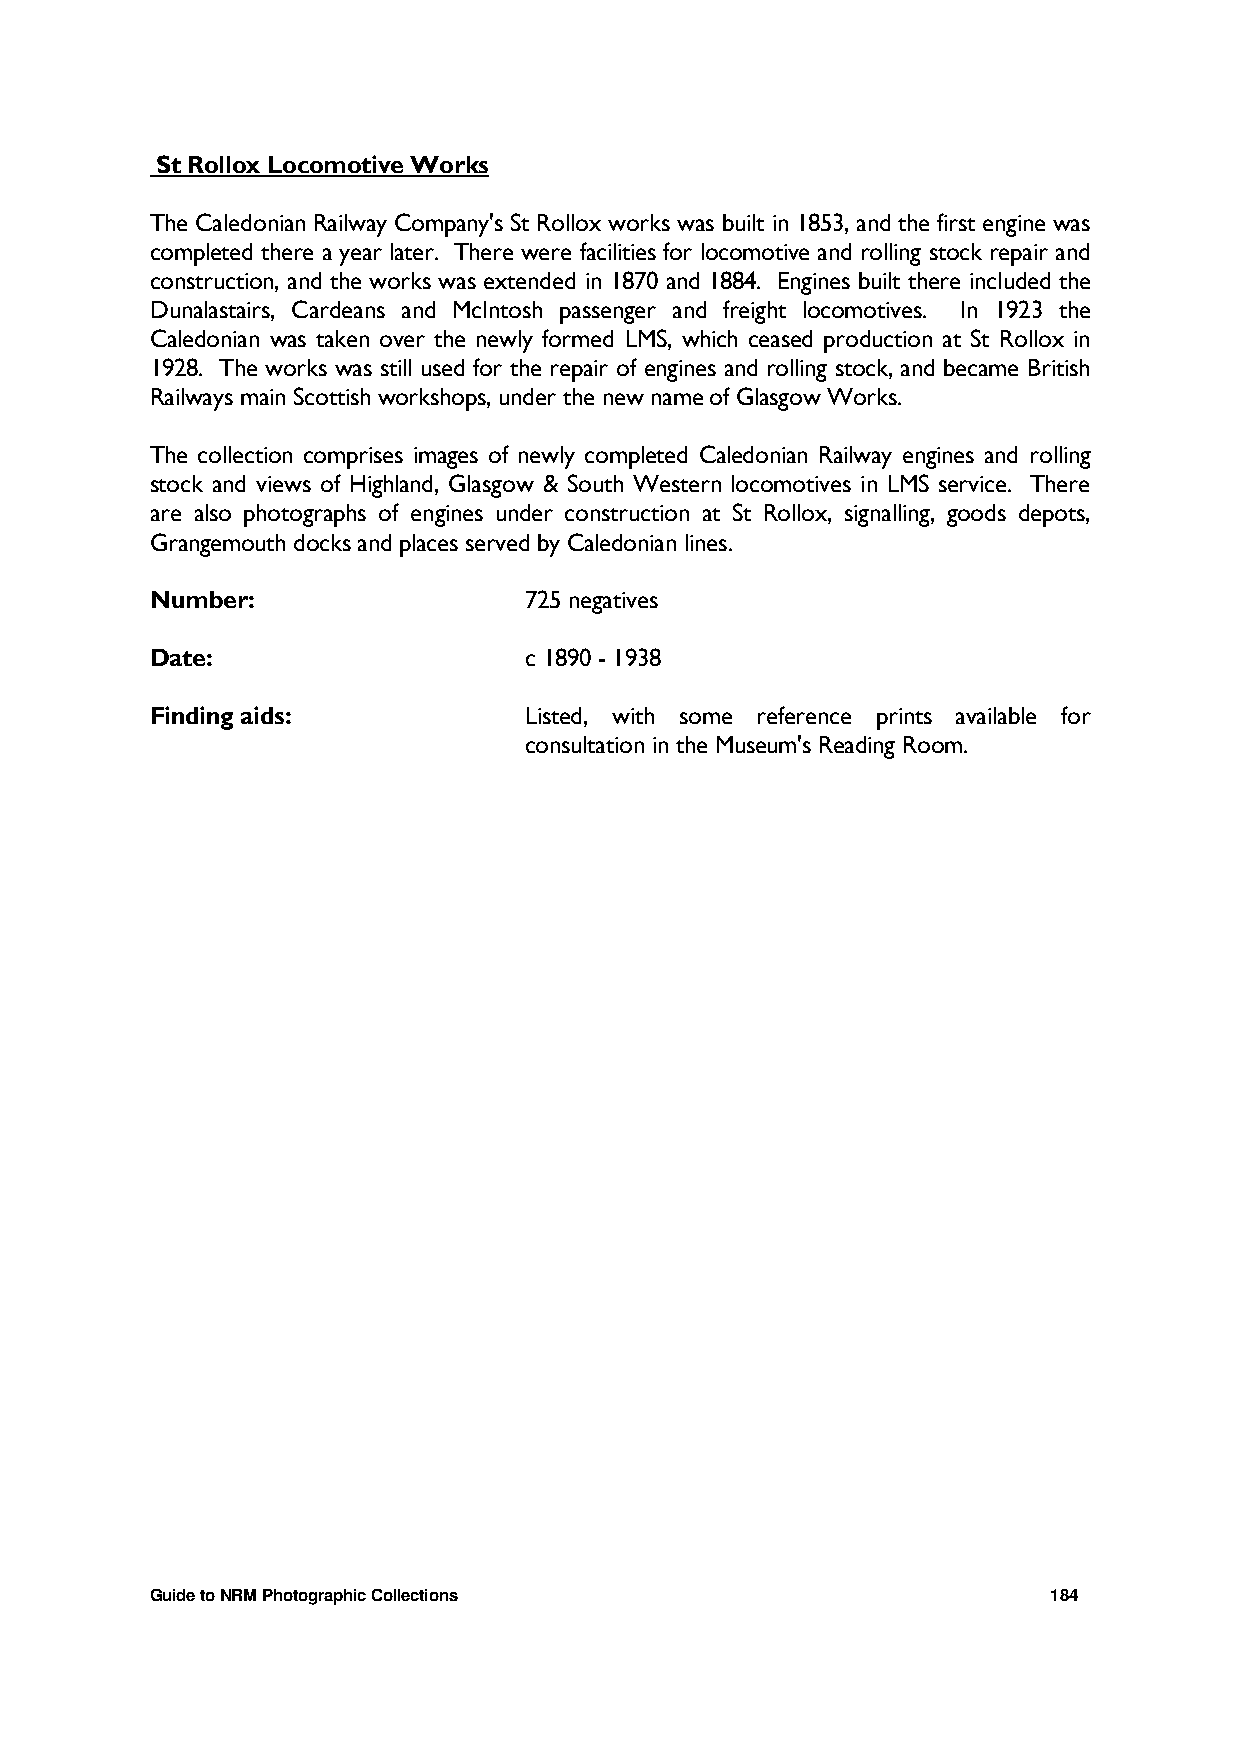
St Rollox Locomotive Works
 The Caledonian Railway Company's St Rollox works was built in 1853, and the first engine was
 completed there a year later. There were facilities for locomotive and rolling stock repair and
 construction, and the works was extended in 1870 and 1884. Engines built there included the
 Dunalastairs, Cardeans and McIntosh passenger and freight locomotives. In 1923 the
 Caledonian was taken over the newly formed LMS, which ceased production at St Rollox in
 1928. The works was still used for the repair of engines and rolling stock, and became British
 Railways main Scottish workshops, under the new name of Glasgow Works.
 The collection comprises images of newly completed Caledonian Railway engines and rolling
 stock and views of Highland, Glasgow & South Western locomotives in LMS service. There
 are also photographs of engines under construction at St Rollox, signalling, goods depots,
 Grangemouth docks and places served by Caledonian lines.
 Number:                  725 negatives
 Date:                    c 1890 - 1938
 Finding aids:            Listed, with some reference prints available for
 consultation in the Museum's Reading Room.
 Guide to NRM Photographic Collections                       184